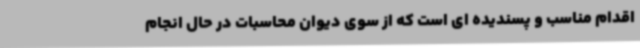
اقدام مناسب و پسندیده ای است که از سوی دیوان محاسبات در حال انجام